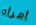
أمرأه